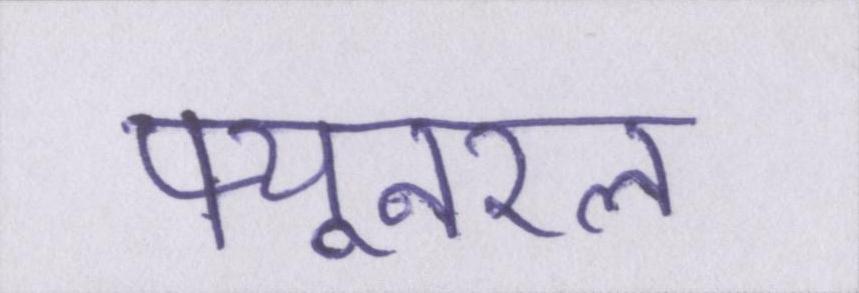
फ्यूनरल